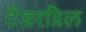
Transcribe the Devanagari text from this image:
टेंडरग्रिल